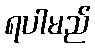
ရပါမည်